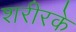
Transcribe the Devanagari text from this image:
शरीरके